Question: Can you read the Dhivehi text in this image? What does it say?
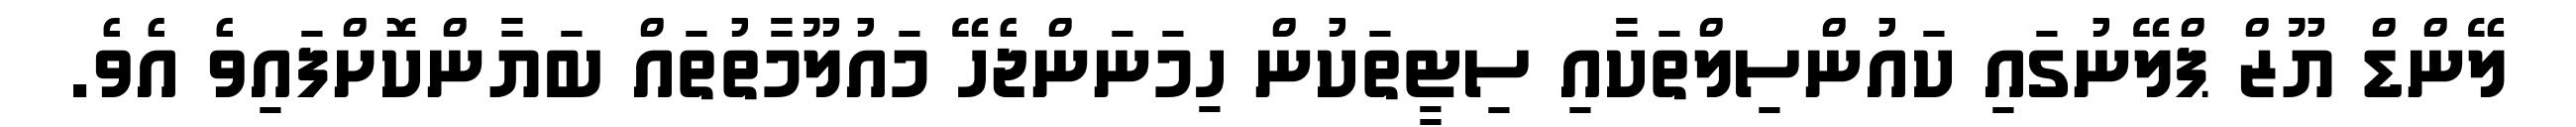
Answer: ލޭންޑް ޔޫޒް ޕްލޭނުގައި ކައުންސިލްތަކާއި ސިޓީތަކުން ހިމަނަންޖެހޭ މައުލޫމާތުތައް ބަޔާންކޮށްފައިވެ އެވެ.